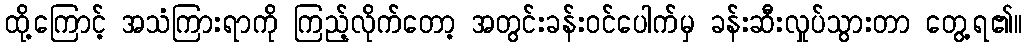
ထို့ကြောင့် အသံကြားရာကို ကြည့်လိုက်တော့ အတွင်းခန်းဝင်ပေါက်မှ ခန်းဆီးလှုပ်သွားတာ တွေ့ရ၏။